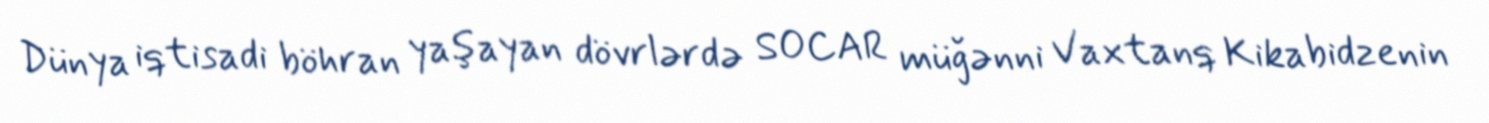
Dünya iqtisadi böhran yaşayan dövrlərdə SOCAR müğənni Vaxtanq Kikabidzenin